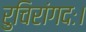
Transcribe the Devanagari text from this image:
रुचिरांगदः।